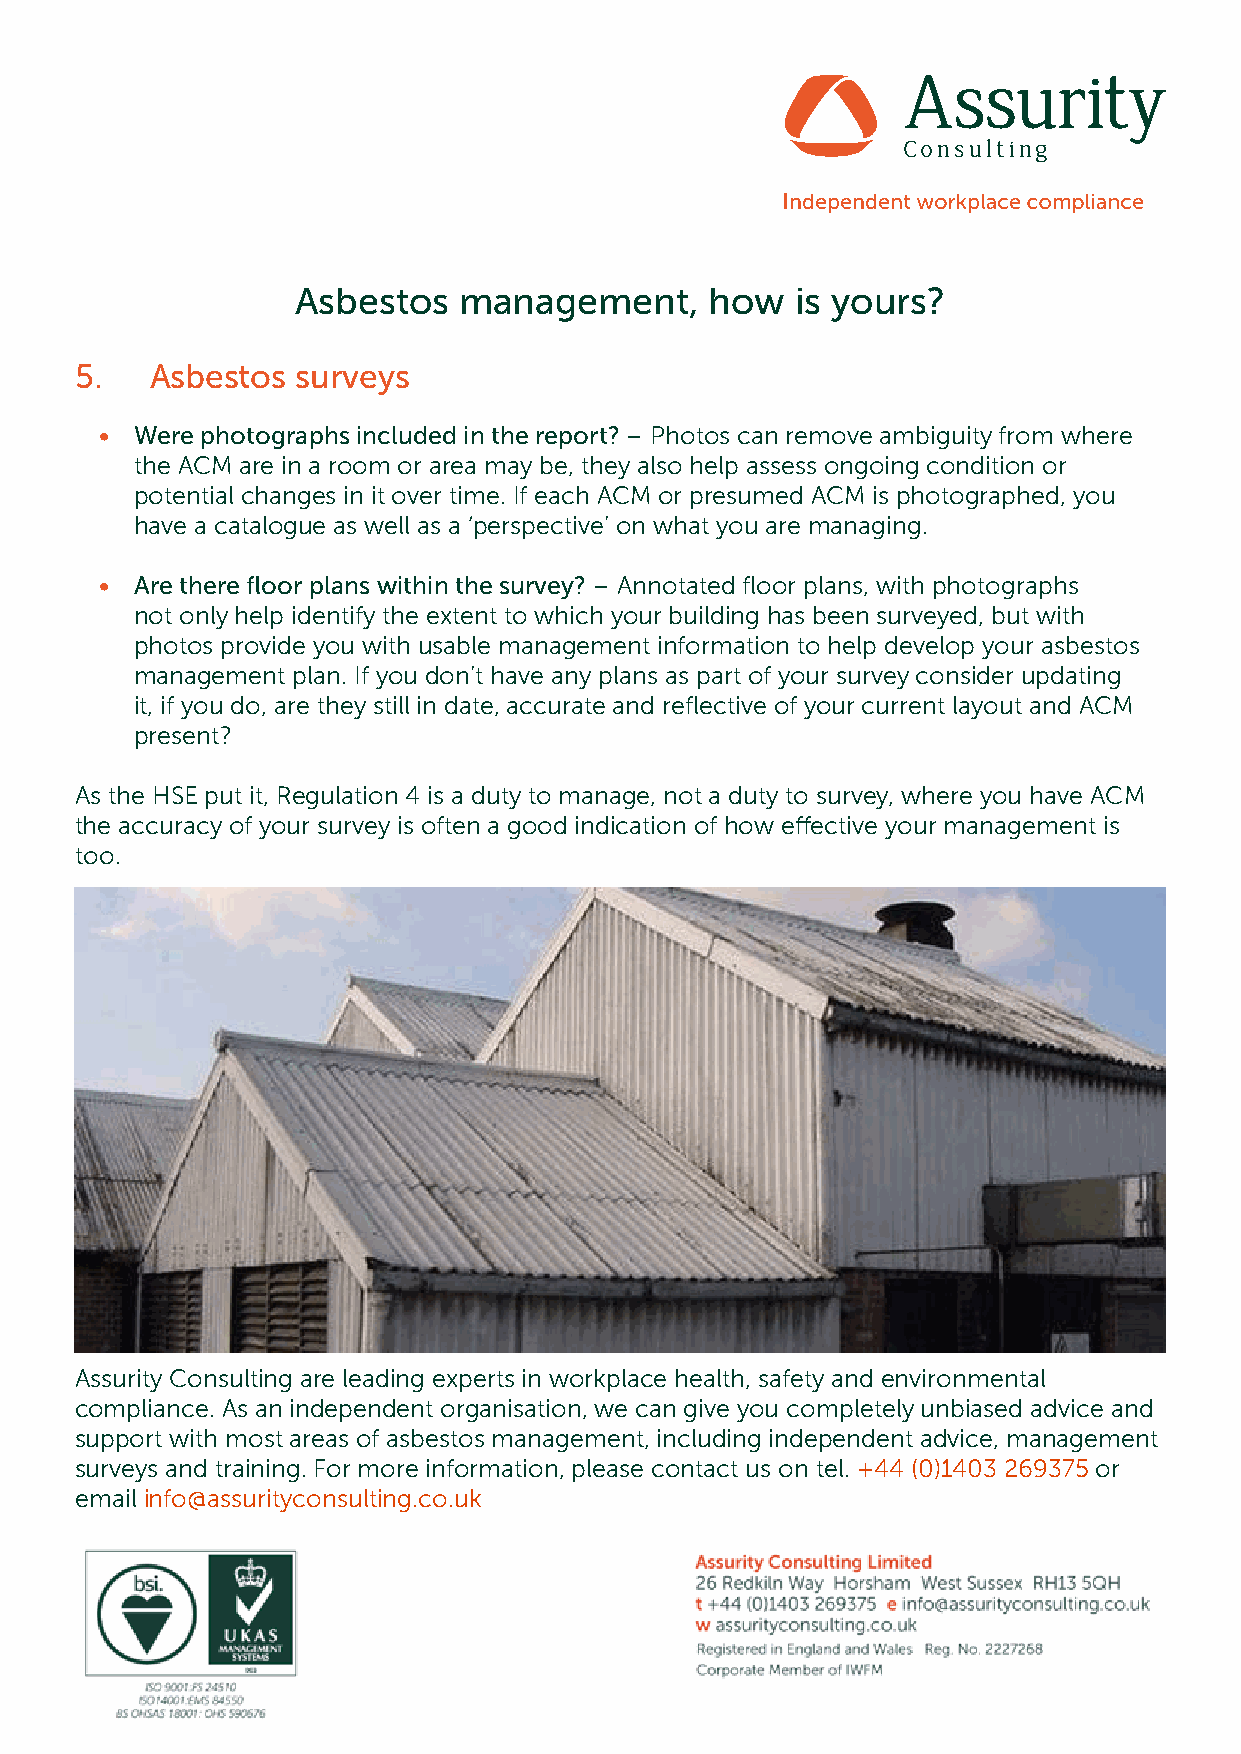
Asbestos  management,      how   is yours?
 5.   Asbestos  surveys
 • Were photographs included in the report? – Photos can remove ambiguity from where
 the ACM are in a room or area may be, they also help assess ongoing condition or
 potential changes in it over time. If each ACM or presumed ACM is photographed, you
 have a catalogue as well as a ‘perspective’ on what you are managing.
 • Are there floor plans within the survey? – Annotated floor plans, with photographs
 not only help identify the extent to which your building has been surveyed, but with
 photos provide you with usable management information to help develop your asbestos
 management plan. If you don’t have any plans as part of your survey consider updating
 it, if you do, are they still in date, accurate and reflective of your current layout and ACM
 present?
 As the HSE put it, Regulation 4 is a duty to manage, not a duty to survey, where you have ACM
 the accuracy of your survey is often a good indication of how effective your management is
 too.
 Assurity Consulting are leading experts in workplace health, safety and environmental
 compliance. As an independent organisation, we can give you completely unbiased advice and
 support with most areas of asbestos management, including independent advice, management
 surveys and training. For more information, please contact us on tel. +44 (0)1403 269375 or
 email info@assurityconsulting.co.uk